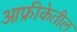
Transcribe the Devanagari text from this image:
आफ्रीकेतील